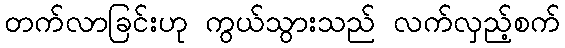
တက်လာခြင်းဟု ကွယ်သွားသည် လက်လှည့်စက်